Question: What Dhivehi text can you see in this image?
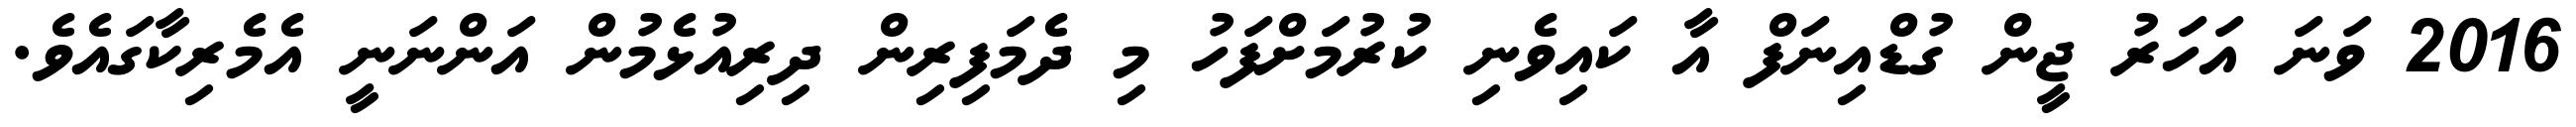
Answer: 2016 ވަނަ އަހަރު ޖީން ގުޑްއިނަފް އާ ކައިވެނި ކުރުމަށްފަހު މި ދެމަފިރިން ދިރިއުޅެމުން އަންނަނީ އެމެރިކާގައެވެ.